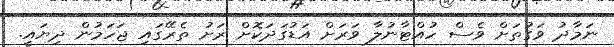
ނަމާދު ވަގުތަށް ވެސް ހުއްޓާނުލާ ވަރަށް އަޑުގަދަކޮށް ރަށު ތެރޭގައި ޖަހަމުން ދިޔައީ.